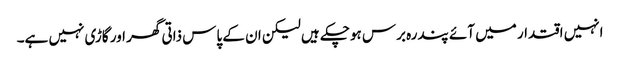
انہیں اقتدار میں آئے پندرہ برس ہوچکے ہیں لیکن ان کے پاس ذاتی گھر اور گاڑی نہیں ہے۔